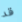
قد